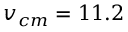
v _ { c m } = 1 1 . 2